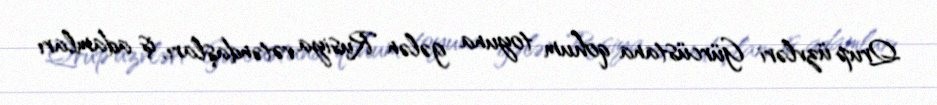
Qrup üzvləri Gürcüstana qohum toyuna gələn Rusiya vətəndaşları, iş adamları